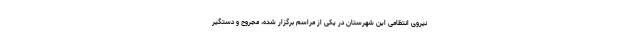
نیروی انتظامی این شهرستان در یکی از مراسم برگزار شده، مجروح و دستگیر